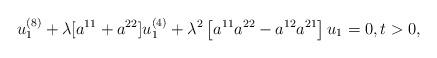
LaTeX: \begin{align*}u_1^{(8)}+\lambda [a^{11}+a^{22}]u_1^{(4)}+\lambda^2\left[a^{11}a^{22}-a^{12}a^{21}\right]u_1=0,t>0,\end{align*}